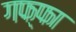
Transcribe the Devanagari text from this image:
गफ्फा